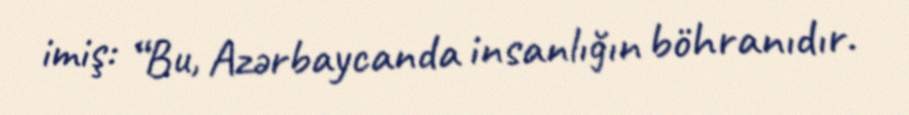
imiş: “Bu, Azərbaycanda insanlığın böhranıdır.